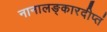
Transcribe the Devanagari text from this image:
नानालङ्कारदीप्तं